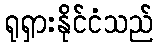
ရုရှားနိုင်ငံသည်